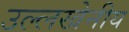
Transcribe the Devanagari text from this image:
उल्‍लखेनीय